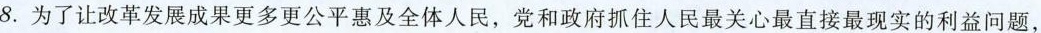
8.为了让改革发展成果更多更公平惠及全体人民，党和政府抓住人民最关心最直接最现实的利益问题，